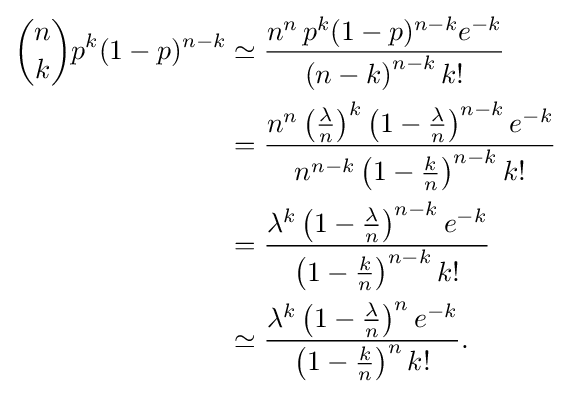
{\begin{aligned}{n \choose k}p^{k}(1-p)^{n-k}&\simeq {\frac {n^{n}\,p^{k}(1-p)^{n-k}e^{-k}}{\left(n-k\right)^{n-k}k!}}\\&={\frac {n^{n}\left({\frac {\lambda }{n}}\right)^{k}\left(1-{\frac {\lambda }{n}}\right)^{n-k}e^{-k}}{n^{n-k}\left(1-{\frac {k}{n}}\right)^{n-k}k!}}\\&={\frac {\lambda ^{k}\left(1-{\frac {\lambda }{n}}\right)^{n-k}e^{-k}}{\left(1-{\frac {k}{n}}\right)^{n-k}k!}}\\&\simeq {\frac {\lambda ^{k}\left(1-{\frac {\lambda }{n}}\right)^{n}e^{-k}}{\left(1-{\frac {k}{n}}\right)^{n}k!}}.\end{aligned}}